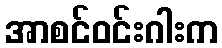
အာစင်ဝင်းဂါးက